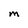
Character: M